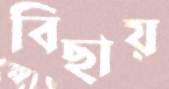
বিছায়